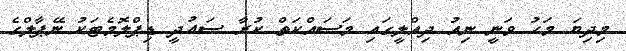
މިދިޔަ މަހު ވަނީ ނިއު ދިއްލީގައި މަސައްކަތް ކުރާ ސައުދީ ޑިޕްލޮމެޓަކު ނޭޕާލްގެ